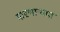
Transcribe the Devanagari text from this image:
मारणाऱ्यात